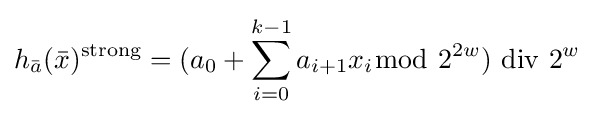
h_{\bar {a}}({\bar {x}})^{\mathrm {strong} }=(a_{0}+\sum _{i=0}^{k-1}a_{i+1}x_{i}{\bmod {~}}2^{2w})\,\,\mathrm {div} \,\,2^{w}